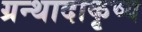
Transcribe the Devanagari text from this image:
ग्रन्थादाकृष्य